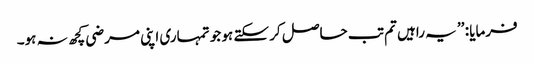
فرمایا : ’’ یہ راہیں تم تب حاصل کر سکتے ہو جو تمہاری اپنی مرضی کچھ نہ ہو۔